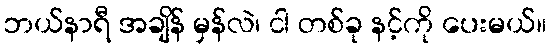
ဘယ်နာရီ အချိန် မှန်လဲ၊ ငါ တစ်ခု နင့်ကို ပေးမယ်။